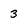
Character: 3